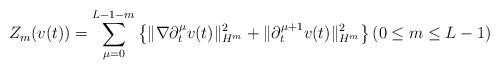
LaTeX: \begin{align*}Z_{m}(v(t)) = \sum_{\mu=0}^{L-1-m} \left\{ \|\nabla \partial_t^\mu v(t)\|_{H^m}^2 + \|\partial_t^{\mu+1} v(t)\|^2_{H^m} \right\} (0 \leq m \leq L-1)\end{align*}